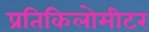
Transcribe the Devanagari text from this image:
प्रतिकिलोमीटर